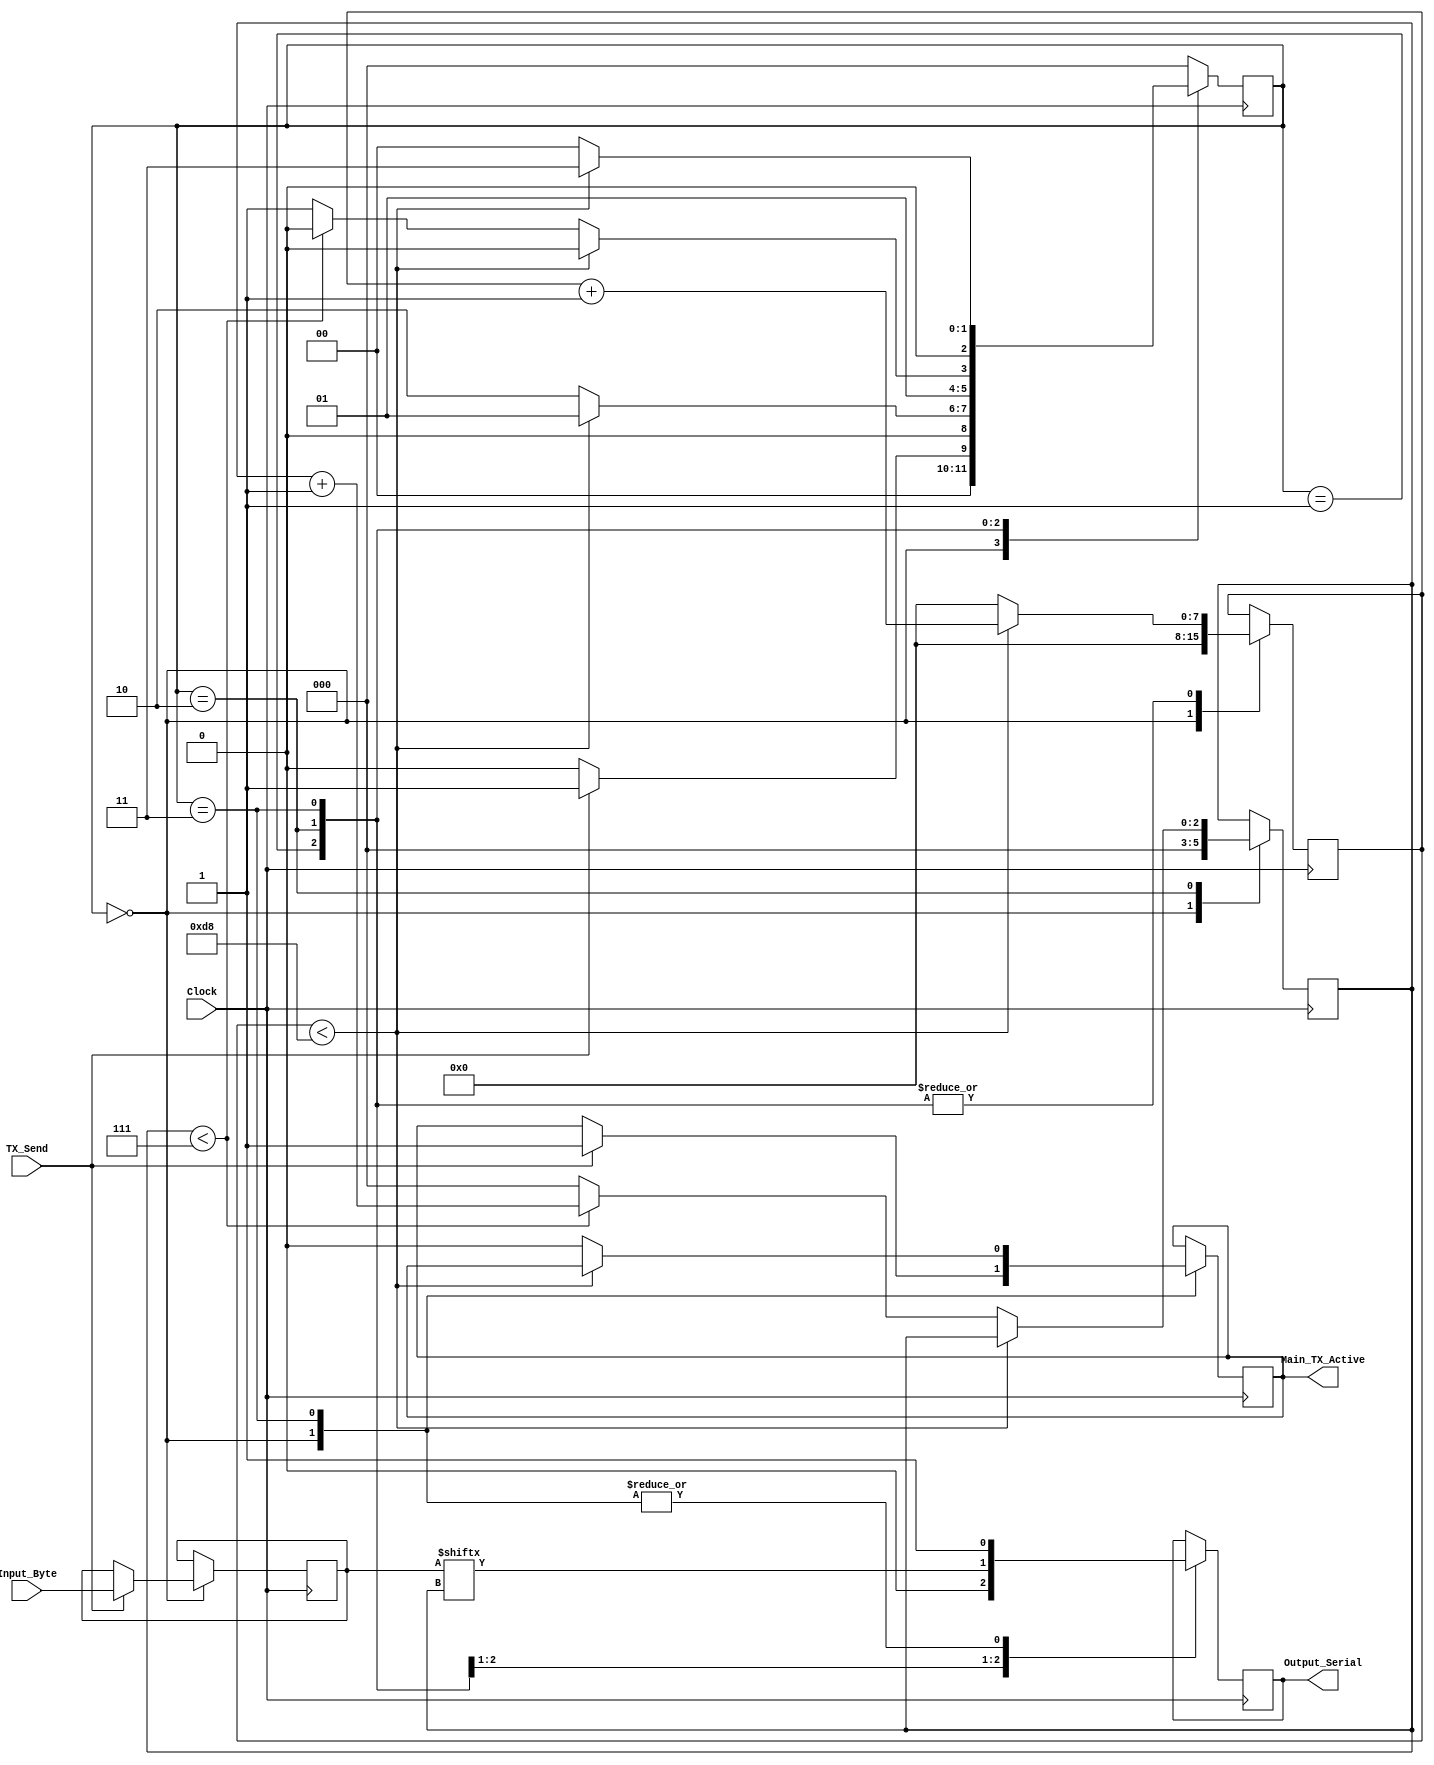
module UART_TX 
  #(parameter CLKS_PER_BIT = 217)
  (
   input       Clock,
   input       TX_Send,
   input [7:0] Input_Byte, 
   output      Main_TX_Active,
   output reg  Output_Serial,
   );
 
  parameter IDLE         = 3'b000;
  parameter START_BIT = 3'b001;
  parameter DATA_BIT = 3'b010;
  parameter STOP_BIT  = 3'b011;
  
  reg [2:0] present_state = 0;
  reg [7:0] Clock_Count = 0;
  reg [2:0] Data_Bit_Index   = 0;
  reg [7:0] Data_Out    = 0;
  reg       TX_Active   = 0;
    
  always @(posedge Clock)
  begin
      
    case (present_state)
      IDLE :
        begin
          Output_Serial   <= 1'b1;
          Clock_Count <= 0;
          Data_Bit_Index   <= 0;
          
          if (TX_Send == 1'b1)
          begin
            TX_Active <= 1'b1;
            Data_Out   <= Input_Byte;
            present_state   <= START_BIT;
          end
          else
            present_state <= IDLE;
        end
      
      START_BIT :
        begin
          Output_Serial <= 1'b0;
          
          if (Clock_Count < CLKS_PER_BIT-1)
          begin
            Clock_Count <= Clock_Count + 1;
            present_state     <= START_BIT;
          end
          else
          begin
            Clock_Count <= 0;
            present_state     <= DATA_BIT;
          end
        end
      
      DATA_BIT :
        begin
          Output_Serial <= Data_Out[Data_Bit_Index];
          
          if (Clock_Count < CLKS_PER_BIT-1)
          begin
            Clock_Count <= Clock_Count + 1;
            present_state     <= DATA_BIT;
          end
          else
          begin
            Clock_Count <= 0;
            
            if (Data_Bit_Index < 7)
            begin
              Data_Bit_Index <= Data_Bit_Index + 1;
              present_state   <= DATA_BIT;
            end
            else
            begin
              Data_Bit_Index <= 0;
              present_state   <= STOP_BIT;
            end
          end 
        end
      
      STOP_BIT :
        begin
          Output_Serial <= 1'b1;
      
          if (Clock_Count < CLKS_PER_BIT-1)
          begin
            Clock_Count <= Clock_Count + 1;
            present_state     <= STOP_BIT;
          end
          else
          begin
            Clock_Count <= 0;
            present_state     <= IDLE;
            TX_Active   <= 1'b0;
          end 
        end
      
      
      default :
        present_state <= IDLE;
      
    endcase
  end
  
  assign Main_TX_Active = TX_Active;
  
endmodule